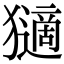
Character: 𤢼